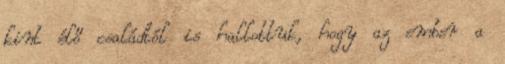
kint élő családtól is hallottuk, hogy az ember a